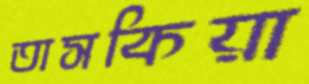
তাসকিয়া